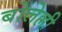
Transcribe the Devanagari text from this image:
बोलेल्ली